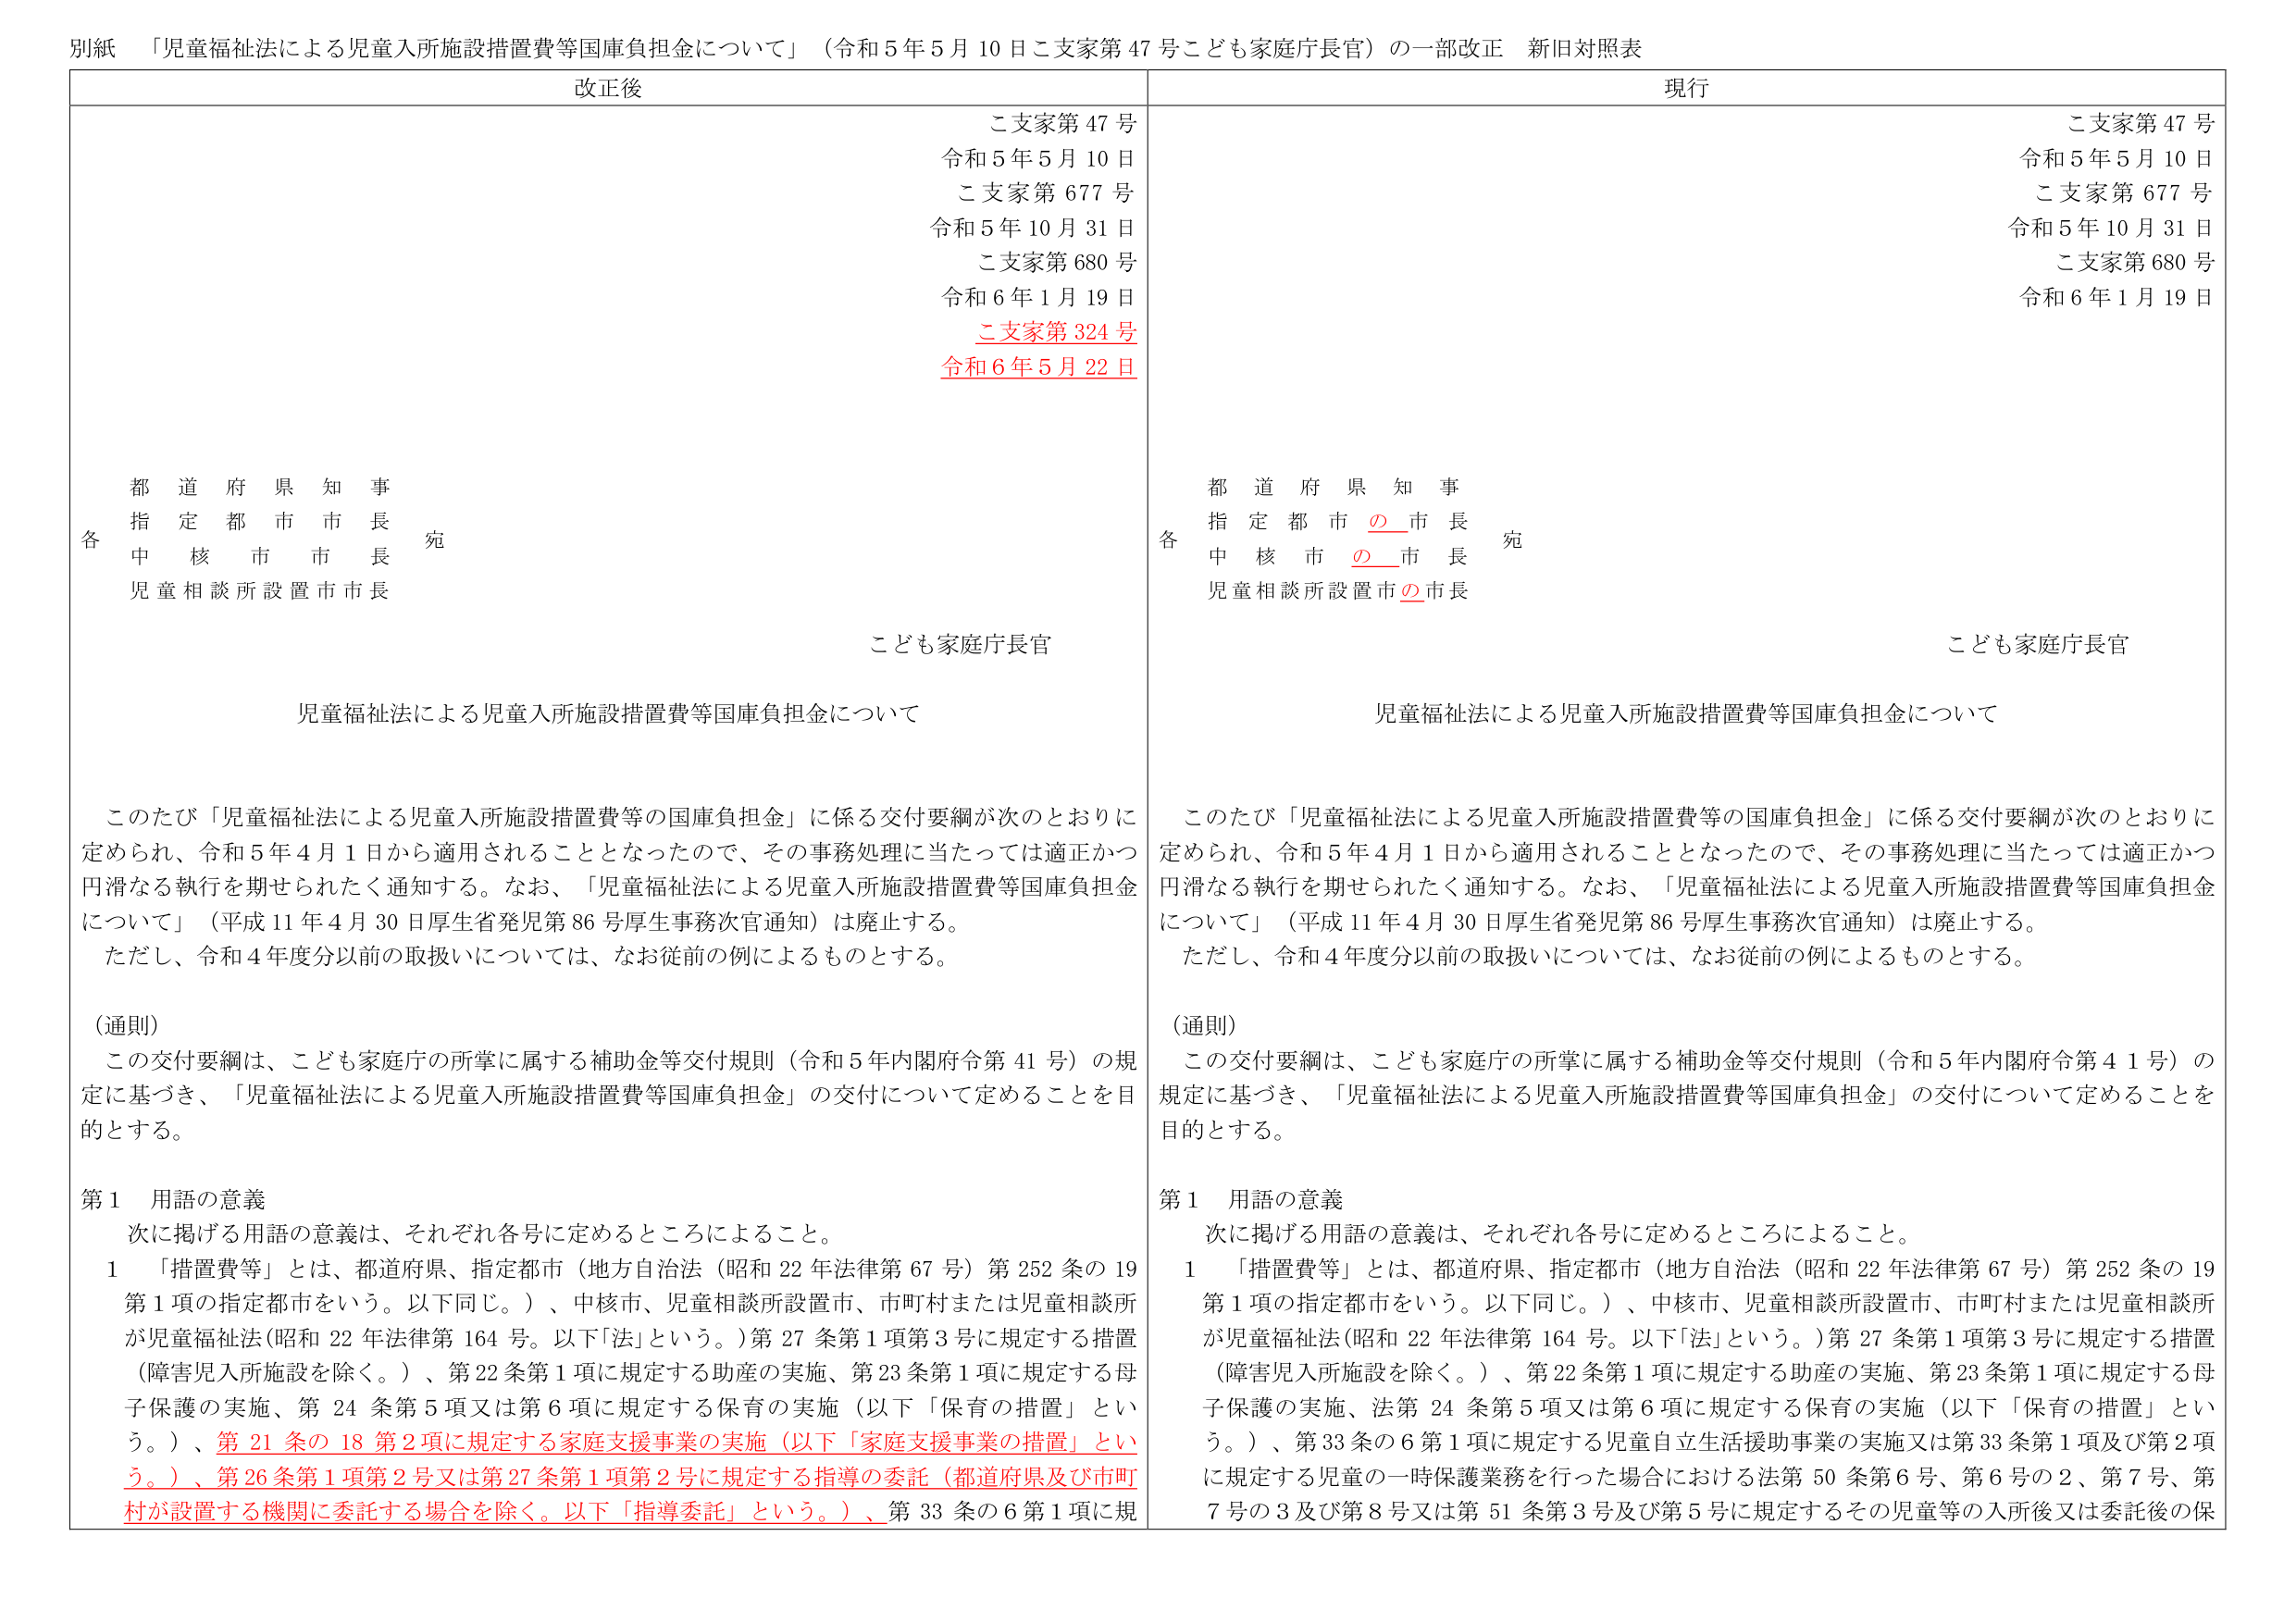
別紙 「児童福祉法による児童入所施設措置費等国庫負担金について」（令和５年５月10日こ支家第47号こども家庭庁長官）の一部改正 新旧対照表

改正後
こ支家第47号
令和5年5月10日
こ支家第677号
令和5年10月31日
こ支家第680号
令和6年1月19日
こ支家第324号
令和6年5月22日

都道府県知事
指定都市市長
中核市市長
児童相談所設置市市長
宛
こども家庭庁長官

児童福祉法による児童入所施設措置費等国庫負担金について

このたび「児童福祉法による児童入所施設措置費等の国庫負担金」に係る交付要綱が次のとおりに定められ、令和5年4月1日から適用されることとなったので、その事務処理に当たっては適正かつ円滑なる執行を期せられたく通知する。なお、「児童福祉法による児童入所施設措置費等国庫負担金について」（平成11年4月30日厚生省発児第86号厚生事務次官通知）は廃止する。
ただし、令和4年度分以前の取扱いについては、なお従前の例によるものとする。

（通則）
この交付要綱は、こども家庭庁の所掌に属する補助金等交付規則（令和5年内閣府令第41号）の規定に基づき、「児童福祉法による児童入所施設措置費等国庫負担金」の交付について定めることを目的とする。

第1 用語の意義
次に掲げる用語の意義は、それぞれ各号に定めるところによること。
1 「措置費等」とは、都道府県、指定都市（地方自治法（昭和22年法律第67号）第252条の19第1項の指定都市をいう。以下同じ。）、中核市、児童相談所設置市、市町村または児童相談所が児童福祉法（昭和22年法律第164号。以下「法」という。）第27条第1項第3号に規定する措置（障害児入所施設を除く。）、第22条第1項に規定する助産の実施、第23条第1項に規定する母子保護の実施、第24条第5項又は第6項に規定する保育の実施（以下「保育の措置」という。）、第21条の18第2項に規定する家庭支援事業の実施（以下「家庭支援事業の措置」という。）、第26条第1項第2号又は第27条第1項第2号に規定する指導の委託（都道府県及び市町村が設置する機関に委託する場合を除く。以下「指導委託」という。）、第33条の6第1項に規

現行
こ支家第47号
令和5年5月10日
こ支家第677号
令和5年10月31日
こ支家第680号
令和6年1月19日

都道府県知事
指定都市の市長
中核市の市長
児童相談所設置市の市長
宛
こども家庭庁長官

児童福祉法による児童入所施設措置費等国庫負担金について

このたび「児童福祉法による児童入所施設措置費等の国庫負担金」に係る交付要綱が次のとおりに定められ、令和5年4月1日から適用されることとなったので、その事務処理に当たっては適正かつ円滑なる執行を期せられたく通知する。なお、「児童福祉法による児童入所施設措置費等国庫負担金について」（平成11年4月30日厚生省発児第86号厚生事務次官通知）は廃止する。
ただし、令和4年度分以前の取扱いについては、なお従前の例によるものとする。

（通則）
この交付要綱は、こども家庭庁の所掌に属する補助金等交付規則（令和5年内閣府令第41号）の規定に基づき、「児童福祉法による児童入所施設措置費等国庫負担金」の交付について定めることを目的とする。

第1 用語の意義
次に掲げる用語の意義は、それぞれ各号に定めるところによること。
1 「措置費等」とは、都道府県、指定都市（地方自治法（昭和22年法律第67号）第252条の19第1項の指定都市をいう。以下同じ。）、中核市、児童相談所設置市、市町村または児童相談所が児童福祉法（昭和22年法律第164号。以下「法」という。）第27条第1項第3号に規定する措置（障害児入所施設を除く。）、第22条第1項に規定する助産の実施、第23条第1項に規定する母子保護の実施、法第24条第5項又は第6項に規定する保育の実施（以下「保育の措置」という。）、第33条の6第1項に規定する児童自立生活援助事業の実施又は第33条第1項及び第2項に規定する児童の一時保護業務を行った場合における法第50条第6号、第6号の2、第7号、第7号の3及び第8号又は第51条第3号及び第5号に規定するその児童等の入所後又は委託後の保